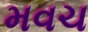
મવચ